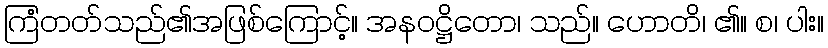
ကြံတတ်သည်၏အဖြစ်ကြောင့်။ အနဝဋ္ဌိတော၊ သည်။ ဟောတိ၊ ၏။ စ၊ ပါး။